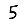
Digit: 5